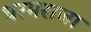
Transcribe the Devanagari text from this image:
धरमराजा